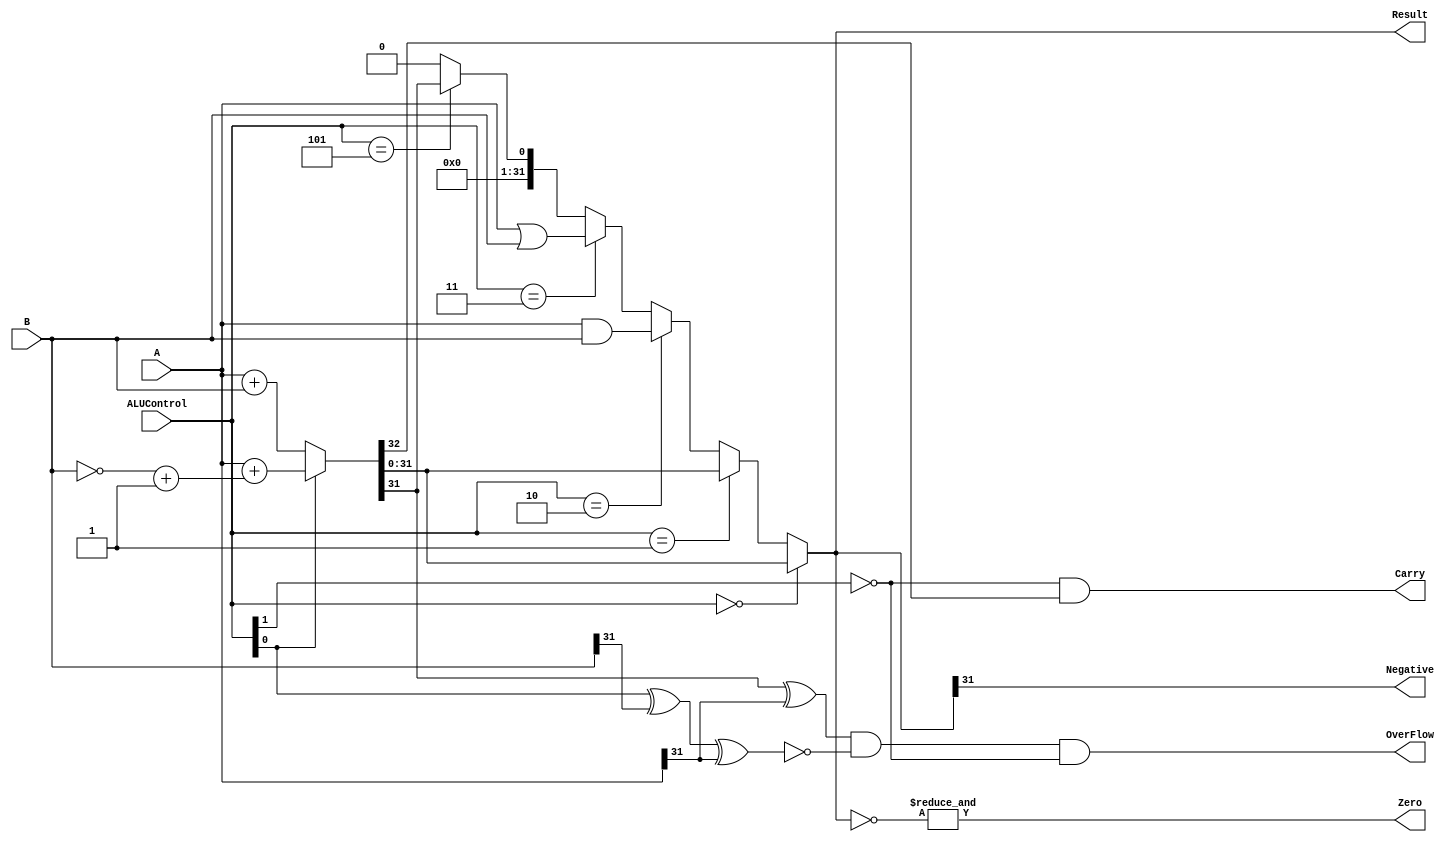

module ALU(A,B,Result,ALUControl,OverFlow,Carry,Zero,Negative);

    input [31:0]A,B;
    input [2:0]ALUControl;
    output Carry,OverFlow,Zero,Negative;
    output [31:0]Result;

    wire Cout;
    wire [31:0]Sum;

    assign {Cout,Sum} = (ALUControl[0] == 1'b0) ? A + B :
                                          (A + ((~B)+1)) ;
    assign Result = (ALUControl == 3'b000) ? Sum :
                    (ALUControl == 3'b001) ? Sum :
                    (ALUControl == 3'b010) ? A & B :
                    (ALUControl == 3'b011) ? A | B :
                    (ALUControl == 3'b101) ? {{31{1'b0}},(Sum[31])} : {32{1'b0}};
    
    assign OverFlow = ((Sum[31] ^ A[31]) & 
                      (~(ALUControl[0] ^ B[31] ^ A[31])) &
                      (~ALUControl[1]));
    assign Carry = ((~ALUControl[1]) & Cout);
    assign Zero = &(~Result);
    assign Negative = Result[31];

endmodule